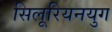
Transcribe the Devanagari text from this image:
सिलूरियनयुग